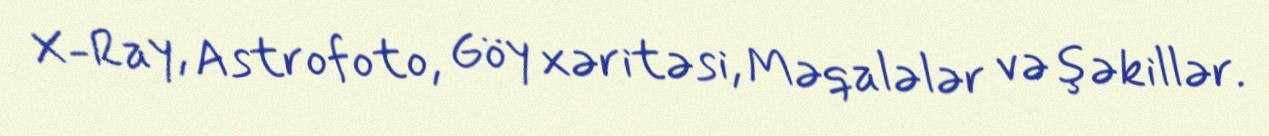
X-Ray, Astrofoto, Göy xəritəsi, Məqalələr və şəkillər.